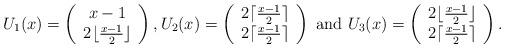
LaTeX: \begin{align*}U_{1}(x)=\left(\begin{array}{c} x-1 \\ 2 \lfloor \frac{x-1}{2} \rfloor\end{array}\right),U_{2}(x)=\left(\begin{array}{c} 2 \lceil \frac{x-1}{2} \rceil \\ 2 \lceil \frac{x-1}{2} \rceil\end{array}\right)\mbox{ and }U_{3}(x)=\left(\begin{array}{c} 2 \lfloor \frac{x-1}{2} \rfloor \\ 2 \lceil \frac{x-1}{2} \rceil\end{array}\right).\end{align*}